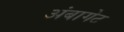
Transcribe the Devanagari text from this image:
अंबागेट